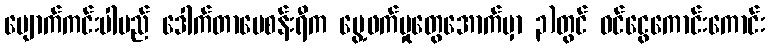
ပျောက်ကင်းပါမည် ဒေါက်တာမေစန်းရီက ပွေ့ဖက်မှုတွေအောက်မှာ ၃)တွင် ဝင်ငွေကောင်းကောင်း